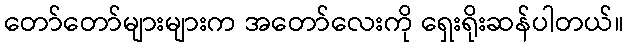
တော်တော်များများက အတော်လေးကို ရှေးရိုးဆန်ပါတယ်။